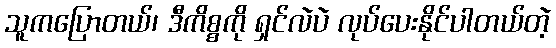
သူကပြောတယ်၊ ဒီကိစ္စကို ရှင်လဲပဲ လုပ်ပေးနိုင်ပါတယ်တဲ့